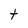
Character: t